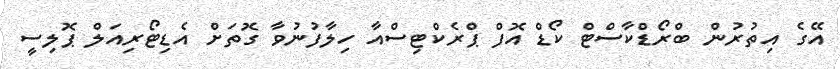
އޭގެ އިތުރުން ބްރޯޑްކާސްޓް ކޯޑް އޮފް ޕްރެކްޓިސްއާ ހިލާފުނުވާ ގޮތަށް އެޑިޓޯރިއަލް ޕޮލިސީ